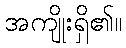
အကျိုးရှိ၏။